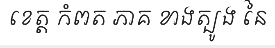
ខេត្ត កំពត ភាគ ខាងត្បូង នៃ